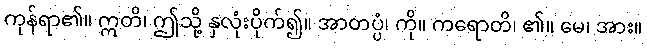
ကုန်ရာ၏။ ဣတိ၊ ဤသို့ နှလုံးပိုက်၍။ အာတပ္ပံ၊ ကို။ ကရောတိ၊ ၏။ မေ၊ အား။